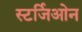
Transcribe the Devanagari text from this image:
स्टर्जिओन